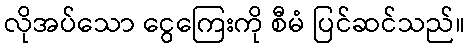
လိုအပ်သော ငွေကြေးကို စီမံ ပြင်ဆင်သည်။